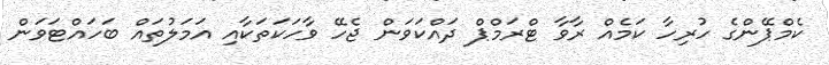
ކެމްޕޭންގެ ހުރިހާ ކަމެއް ރާވާ ޓްރަމްޕް ދައްކަވަން ޖެހޭ ވާހަކަތަކާއި އަމަލުތައް ބަހައްޓަވަން